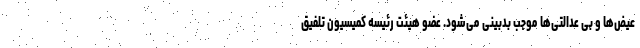
عیض‌ها و بی عدالتی‌ها موجب بدبینی می‌شود. عضو هیئت رئیسه کمیسیون تلفیق